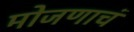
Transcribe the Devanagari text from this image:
मोजणाचं